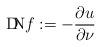
LaTeX: \begin{align*}{\rm D\!\!N} f:=-\frac{\partial u}{\partial \nu}\end{align*}